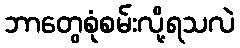
ဘာတွေစုံစမ်းလို့ရသလဲ